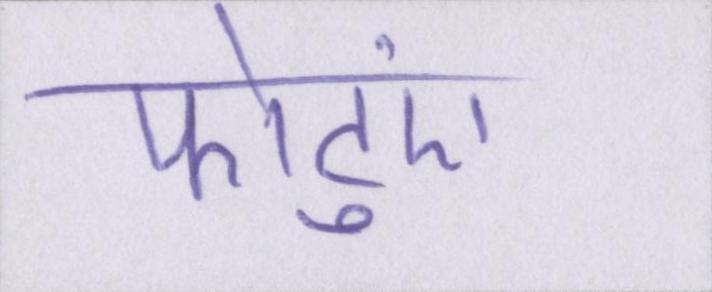
फोटुएं